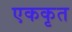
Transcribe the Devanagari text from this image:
एककृत